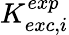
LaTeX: K_{exc,i}^{exp}